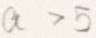
a > 5